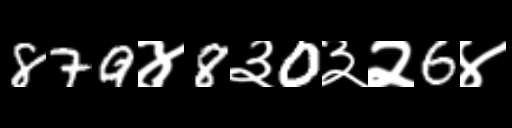
Text: 879४8३0३२6४